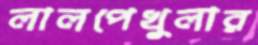
লালপেখুলার